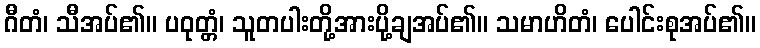
ဂီတံ၊ သီအပ်၏။ ပဝုတ္တံ၊ သူတပါးတို့အားပို့ချအပ်၏။ သမာဟိတံ၊ ပေါင်းစုအပ်၏။